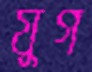
যুগ